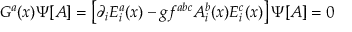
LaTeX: G ^ { a } ( x ) \Psi [ A ] = \left[ \partial _ { i } E _ { i } ^ { a } ( x ) - g f ^ { a b c } A _ { i } ^ { b } ( x ) E _ { i } ^ { c } ( x ) \right] \Psi [ A ] = 0